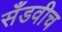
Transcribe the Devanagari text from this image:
सँडवीच